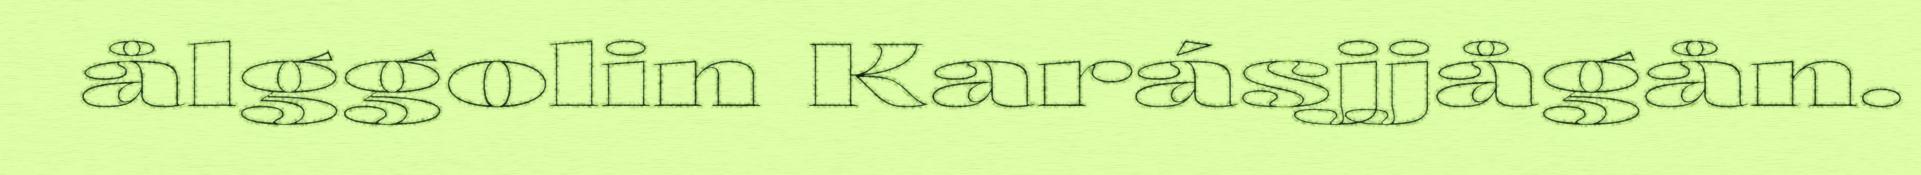
ålggolin Karásjjågån.